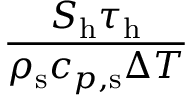
\frac { S _ { \mathrm { { h } } } \tau _ { \mathrm { h } } } { \rho _ { \mathrm { s } } c _ { p , \mathrm { s } } \Delta T }